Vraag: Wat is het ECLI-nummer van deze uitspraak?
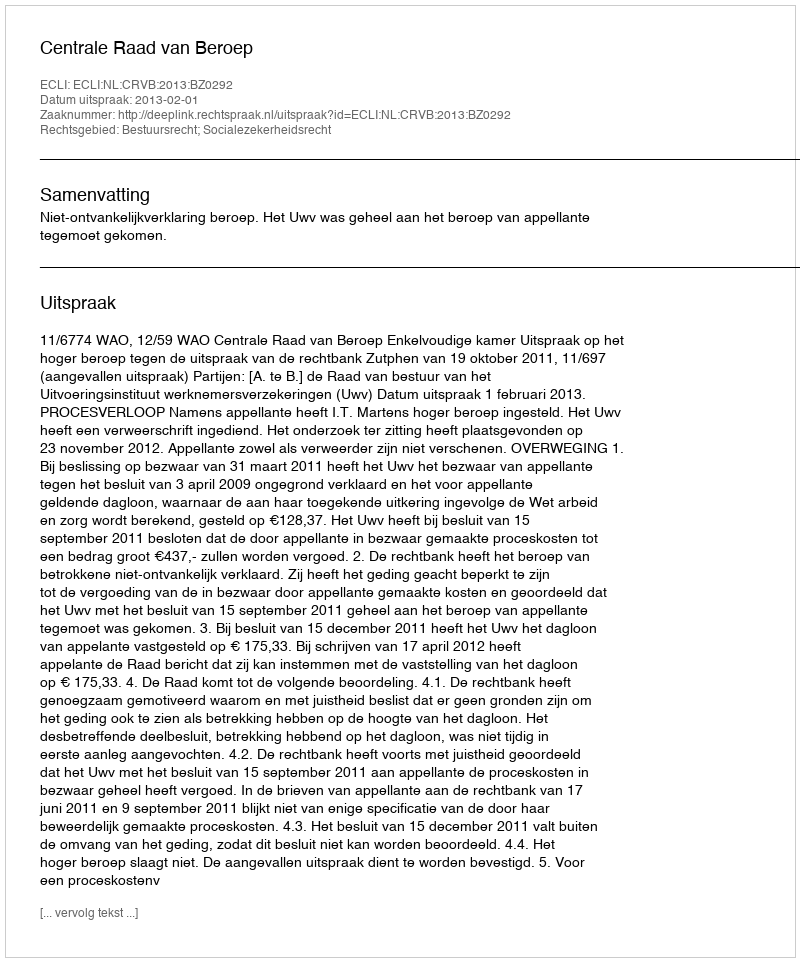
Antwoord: ECLI:NL:CRVB:2013:BZ0292